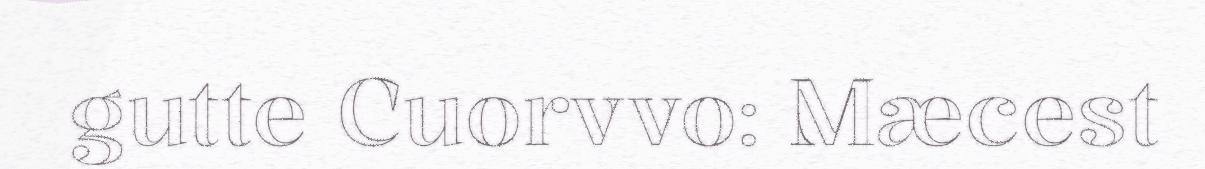
gutte Cuorvvo: Mæcest